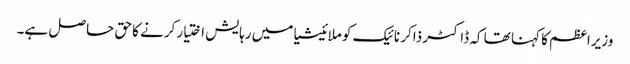
وزیراعظم کا کہنا تھا کہ ڈاکٹر ذاکر نائیک کو ملائیشیا میں رہایش اختیار کرنے کا حق حاصل ہے۔